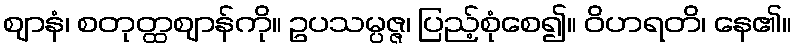
ဈာနံ၊ စတုတ္ထဈာန်ကို။ ဥပသမ္ပဇ္ဇ၊ ပြည့်စုံစေ၍။ ဝိဟရတိ၊ နေ၏။